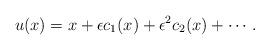
LaTeX: \begin{align*} u(x)=x+\epsilon c_1(x)+\epsilon^2 c_2(x)+ \cdots. \end{align*}